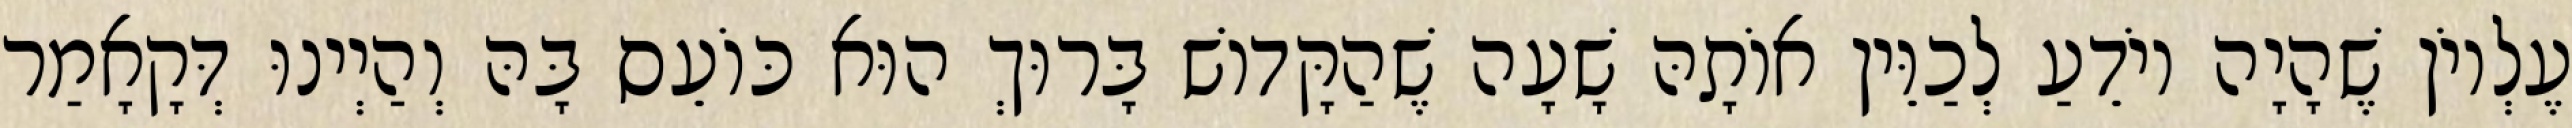
עֶלְיוֹן שֶׁהָיָה יוֹדֵעַ לְכַוֵּין אוֹתָהּ שָׁעָה שֶׁהַקָּדוֹשׁ בָּרוּךְ הוּא כּוֹעֵס בָּהּ וְהַיְינוּ דְּקָאָמַר